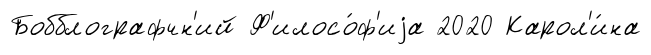
Бобблографчн'ий Ф'илосо́ф'иjа 2020 Карол'и́на